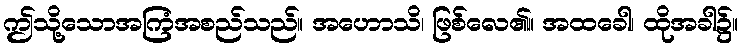
ဤသို့သောအကြံအစည်သည်။ အဟောသိ၊ ဖြစ်လေ၏။ အထခေါ၊ ထိုအခါ၌။